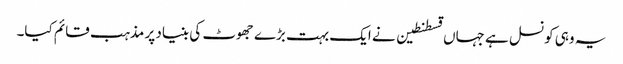
یہ وہی کونسل ہے جہاں قسطنطین نے ایک بہت بڑے جھوٹ کی بنیاد پر مذہب قائم کیا۔